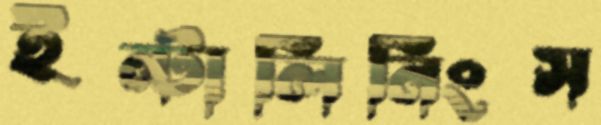
ইন্টার্লিনিংস